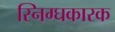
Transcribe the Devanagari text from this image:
स्निग्घकारक